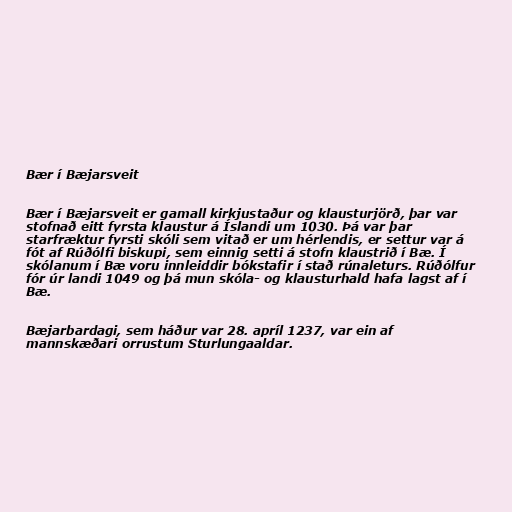
Bær í Bæjarsveit

Bær í Bæjarsveit er gamall kirkjustaður og klausturjörð, þar var
stofnað eitt fyrsta klaustur á Íslandi um 1030. Þá var þar
starfræktur fyrsti skóli sem vitað er um hérlendis, er settur var á
fót af Rúðólfi biskupi, sem einnig setti á stofn klaustrið í Bæ. Í
skólanum í Bæ voru innleiddir bókstafir í stað rúnaleturs. Rúðólfur
fór úr landi 1049 og þá mun skóla- og klausturhald hafa lagst af í
Bæ.

Bæjarbardagi, sem háður var 28. apríl 1237, var ein af
mannskæðari orrustum Sturlungaaldar.